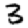
Digit: 3